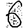
Digit: 6